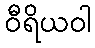
ဝီရိယဝါ